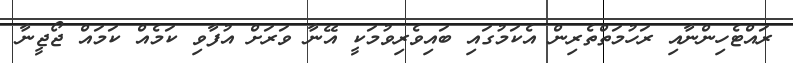
ރައްޓެހިންނާއި ރަހުމަތްތެރިން އެކަމުގައި ބައިވެރިވުމަކީ އޭނާ ވަރަށް އުފާވި ކަމެއް ކަމައް ޖޯޖީނާ